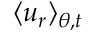
\langle u _ { r } \rangle _ { \theta , t }